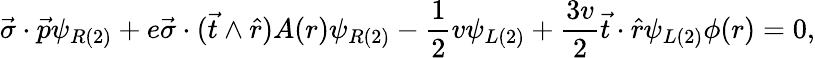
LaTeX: \vec{\sigma}\cdot\vec{p}\psi_{R(2)}+e\vec{\sigma}\cdot(\vec{t}\wedge\hat{r})A(r)\psi_{R(2)}-\frac{1}{2}v\psi_{L(2)}+\frac{3v}{2}\vec{t}\cdot\hat{r}\psi_{L(2)}\phi(r)=0,